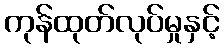
ကုန်ထုတ်လုပ်မှုနှင့်